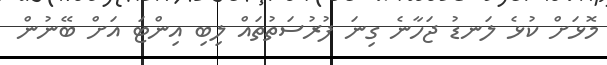
މޮޅަށް ކުޅެ ލަނޑު ޖަހާނެ ގިނަ ފުރުސަތުތައް ލިބި އިންޓަ އަށް ބޭނުން